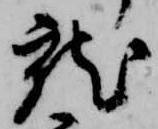
就